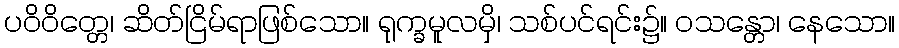
ပဝိဝိတ္တေ၊ ဆိတ်ငြိမ်ရာဖြစ်သော။ ရုက္ခမူလမှိ၊ သစ်ပင်ရင်း၌။ ဝသန္တော၊ နေသော။